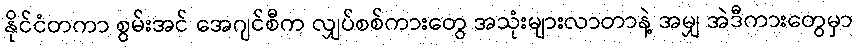
နိုင်ငံတကာ စွမ်းအင် အေဂျင်စီက လျှပ်စစ်ကားတွေ အသုံးများလာတာနဲ့ အမျှ အဲဒီကားတွေမှာ